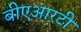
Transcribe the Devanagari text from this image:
बीएआरटी